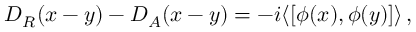
D _ { R } ( x - y ) - D _ { A } ( x - y ) = - i \langle [ \phi ( x ) , \phi ( y ) ] \rangle \, ,